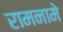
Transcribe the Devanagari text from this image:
रामनामे